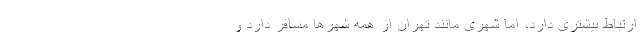
ارتباط بیشتری دارد، اما شهری مانند تهران از همه شهرها مسافر دارد و